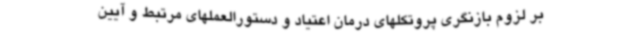
بر لزوم بازنگری پروتکلهای درمان اعتیاد و دستورالعملهای مرتبط و آیین